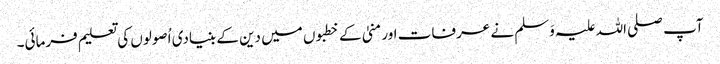
آپ صلی اللہ علیہ وَسلم نے عرفات اور منیٰ کے خطبوں میں دین کے بنیادی اُصولوں کی تعلیم فرمائی۔